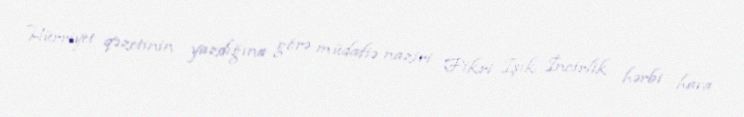
Hürriyet qəzetinin yazdığına görə müdafiə naziri Fikri Işık İncirlik hərbi hava